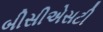
બીસીએસટી